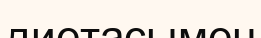
диетасымен